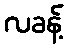
လခန့်